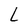
Character: L